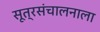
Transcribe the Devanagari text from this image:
सूत्रसंचालनाला